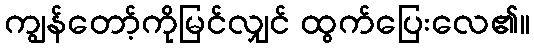
ကျွန်တော့်ကိုမြင်လျှင် ထွက်ပြေးလေ၏။